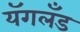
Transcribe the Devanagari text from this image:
यॅगलँड